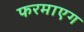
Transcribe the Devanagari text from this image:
फरमाएग